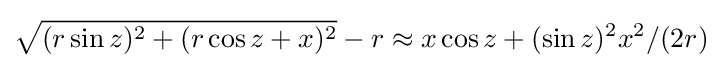
{\sqrt {(r\sin z)^{2}+(r\cos z+x)^{2}}}-r\approx x\cos z+(\sin z)^{2}x^{2}/(2r)